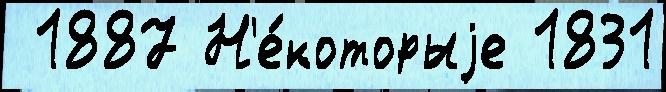
 1887 Н'е́которыjе 1831